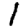
Digit: 1